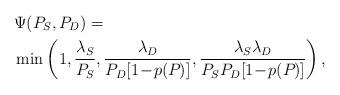
LaTeX: \begin{align*}&\Psi(P_{S}, P_{D}) = \\& \min\left(1, \frac{\lambda_{S}}{P_{S}}, \frac{\lambda_{D}}{P_{D}[1\!-\! p(P_{})]}, \frac{\lambda_{S}\lambda_{D}}{P_{S}P_{D}[1\!-\! p(P_{})]}\right),\end{align*}